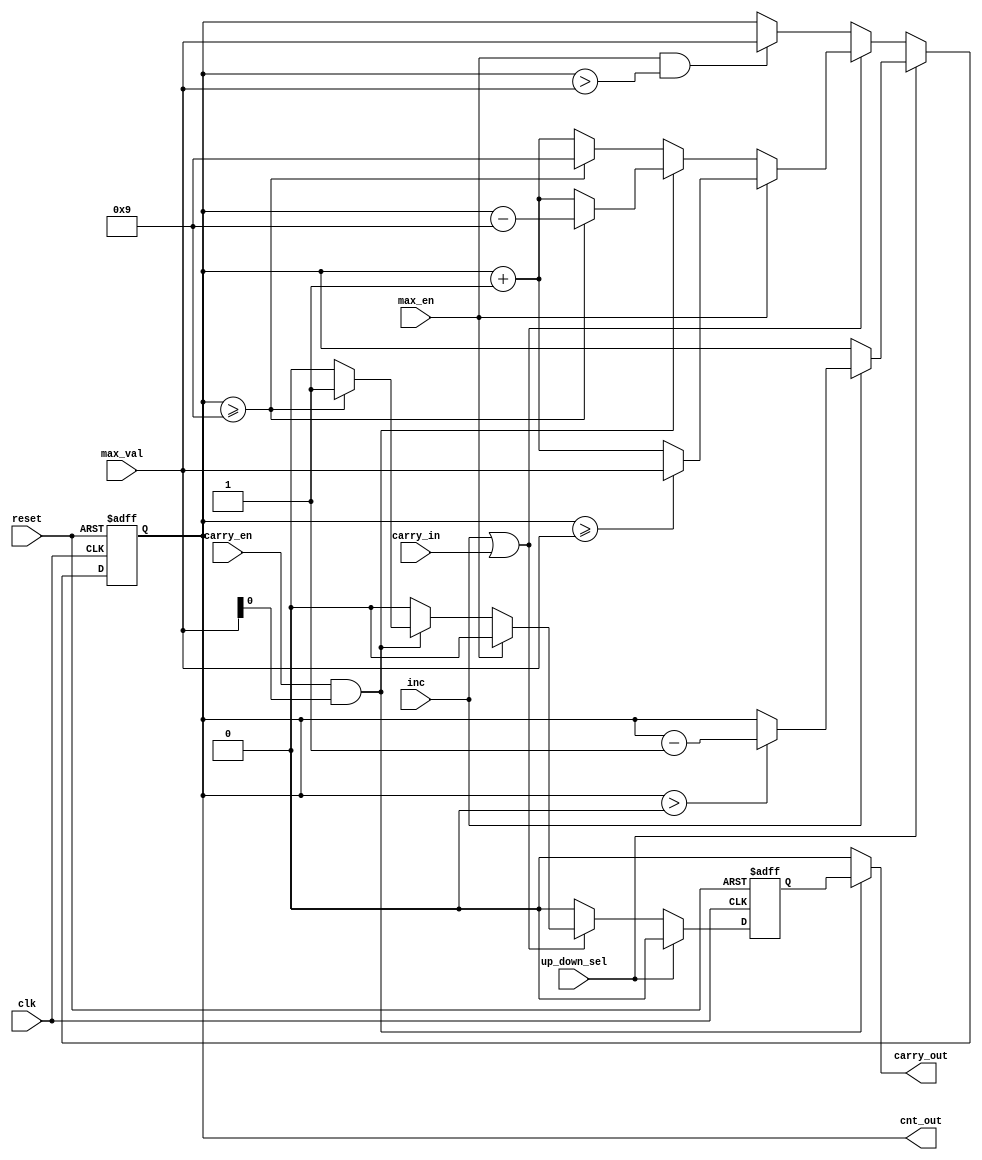
//   Copyright 2024 Martin Putz
//
//   Licensed under the Apache License, Version 2.0 (the "License");
//   you may not use this file except in compliance with the License.
//   You may obtain a copy of the License at
//
//       http://www.apache.org/licenses/LICENSE-2.0
//
//   Unless required by applicable law or agreed to in writing, software
//   distributed under the License is distributed on an "AS IS" BASIS,
//   WITHOUT WARRANTIES OR CONDITIONS OF ANY KIND, either express or implied.
//   See the License for the specific language governing permissions and
//   limitations under the License.

`define default_netname none

module counter (

    	//Input
    input wire inc,			//Count trigger impulse
    input wire up_down_sel,		//Selection of count direction
    input wire carry_en,		//Carry mode flag
    input wire carry_in,		//Carry Over input
    input wire max_en,			//Max Value mode flag
    input wire  [3:0] max_val,		//Max Value / Carry over information
    
    input wire clk,			//System Clock
    input wire reset,			//System Reset
    	
    	//Output
    output wire [3:0] cnt_out,		//Current Counter Value output
    output wire carry_out		//Carry over
);
    
    	//Counter Value
    reg[3:0] cnt;
    	//Carry over out flag
    reg carry;
    
    
    always @(posedge reset or posedge (clk)) begin
    		//if reset, set counter value to 0
    	if (reset) begin
    		cnt <= 0;
    		carry <= 0;
    	end else begin
    		//count direction is down
    		if (up_down_sel) begin
    			//if increment, decrease the counter value
    			if (inc) begin
	    			if (cnt > 0) begin
	    				cnt <= cnt - 4'd1;
	    			end
    			end
			carry <= 1'b0;
			
    		//count direction is down
    		end else begin
    			if (inc || carry_in) begin
	    			if (max_en) begin
    					carry <= 1'b0;
		    			if (cnt >= max_val) begin
						cnt <= max_val;
		    			end else begin
	    					cnt <= cnt+4'd1;
	    				end
	    			end else if (carry_en && max_val[0]) begin
	    				if (cnt >= 9) begin
	    					cnt <= cnt - 4'd9;
	    					carry <= 1'd1;
	    				end else begin
	    					cnt <= cnt+4'd1;
	    					carry <= 1'b0;
	    				end
	    			end else begin
    					carry <= 1'b0;
	    				if (cnt >= 9) begin
	    					cnt <= 4'd9;
	    				end else begin
	    					cnt <= cnt+4'd1;
	    				end
	    			end
    			end else begin
    				if (max_en && cnt > max_val) begin
    					cnt <= max_val;
				end
				carry <= 1'b0;
    			end
		end
    	end
    end
    
	//Assigning temporary signals to the outputs
    assign cnt_out = cnt;
    assign carry_out = (carry_en && max_val[0]) ? carry : 1'b0; 

endmodule